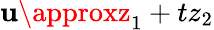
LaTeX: \mathbf{u}\approxz_{1}+tz_{2}